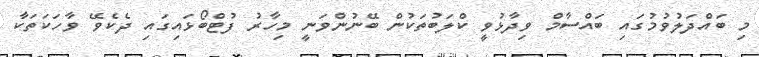
މި ބައްދަލުވުމުގައި ބައްސާމް ވިދާޅުވީ ކްލަބުތަކުން ބޭނުންވަނީ މިހާރު ފުޓްބޯޅައިގައި ދެކެވޭ ވާހަކަތަކާ